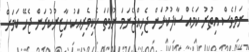
ނަމަވެސް އިތުރު ކަމެއް ސާފުކުރަން ޖެހިއްޖެނަމަ ނުވަތަ ހެކިވެރިއަކު ހާޒިރުކުރަން ޖެހޭ ކަމަށް